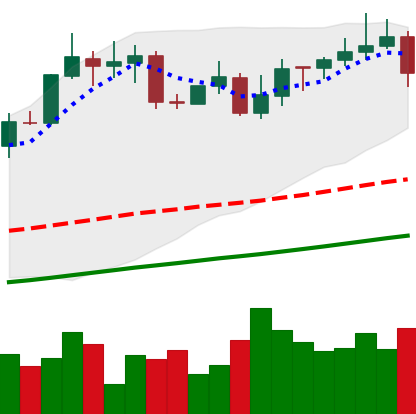
Ticker: XMR-USD
Chart end date: 2020-10-28
Forward return: -6.028%
Label: down_5_7